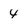
Character: 4